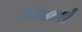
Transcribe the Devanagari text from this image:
यांचप्रकारे